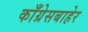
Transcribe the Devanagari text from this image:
काँग्रेसबाहेर